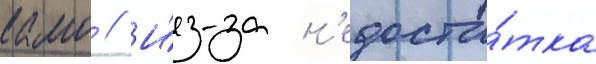
камо // И́з-за н'едоста́тка